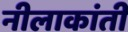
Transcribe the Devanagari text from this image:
नीलाकांती